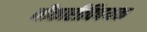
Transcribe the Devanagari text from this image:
नौकारीविषयक